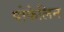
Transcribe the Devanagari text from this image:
पोकेलिन